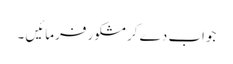
جواب دے کر مشکور فرمائیں ۔